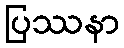
ပြဿနာ